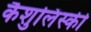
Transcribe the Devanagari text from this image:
कैशुलिंस्की